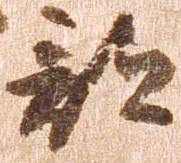
郡